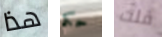
هذا حكم قلت